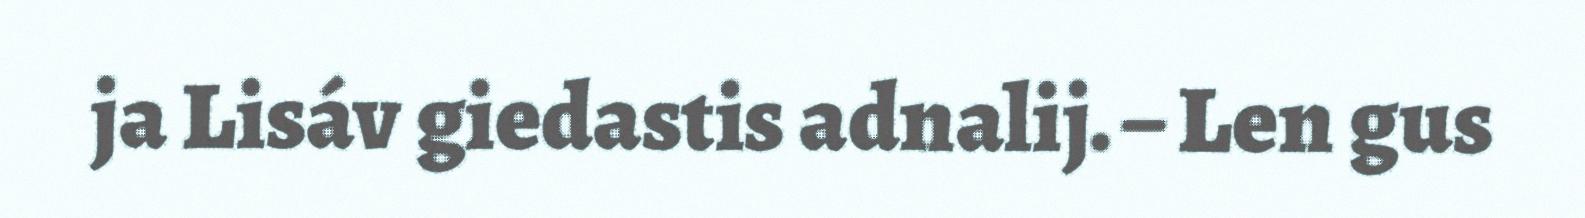
ja Lisáv giedastis adnalij. – Len gus